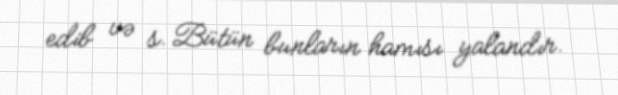
edib və s. Bütün bunların hamısı yalandır.